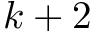
k + 2